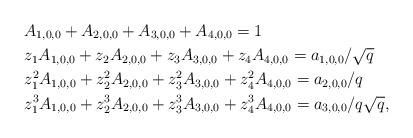
LaTeX: \begin{align*}&A_{1,0,0}+A_{2,0,0}+A_{3,0,0}+A_{4,0,0}=1\\&z_1A_{1,0,0}+z_2A_{2,0,0}+z_3A_{3,0,0}+z_4A_{4,0,0}=a_{1,0,0}/\sqrt{q}\\&z_1^2A_{1,0,0}+z_2^2A_{2,0,0}+z_3^2A_{3,0,0}+z_4^2A_{4,0,0}=a_{2,0,0}/{q}\\&z_1^3A_{1,0,0}+z_2^3A_{2,0,0}+z_3^3A_{3,0,0}+z_4^3A_{4,0,0}=a_{3,0,0}/q\sqrt{q},\end{align*}